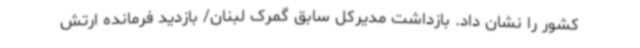
کشور را نشان داد. بازداشت مدیرکل سابق گمرک لبنان/ بازدید فرمانده ارتش